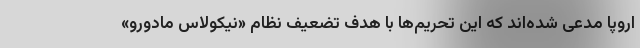
اروپا مدعی شده‌اند که این تحریم‌ها با هدف تضعیف نظام «نیکولاس مادورو»